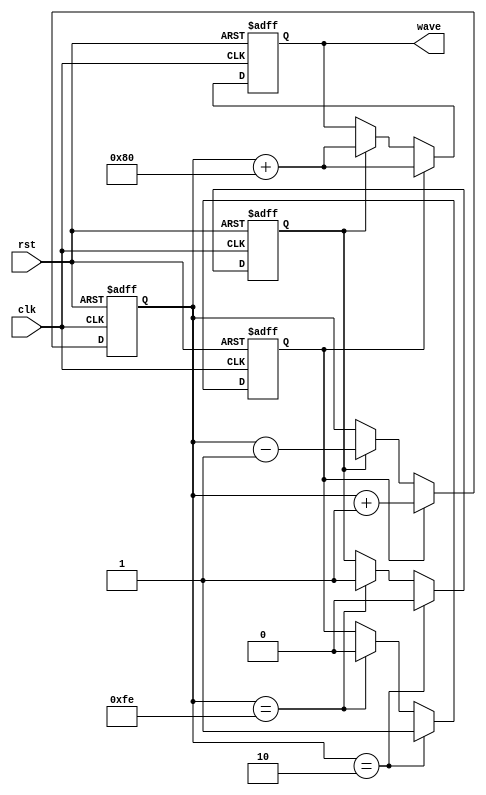
`timescale 1ns/1ns
`define on 1
`define off 0
module triangle(input clk, rst, output reg[7:0] wave);
	
	reg[7:0] count1;
	reg up, down;
	always @(posedge clk, posedge rst) begin
		if(rst) begin
			wave <= 8'b0;
			count1 <= 8'd127;
			up = `on;
			down = `off;
		end
		
		else begin
			if(up) begin
				wave <= count1 + 8'd128;
				count1 <= count1 + 1;
			end
			else if(down) begin
				wave <= count1 + 8'd128;
				count1 <= count1 - 1;
			end
			
			if(count1 == 8'b11111110) begin
				up = `off;
				down = `on;
			end
			
			if(count1 == 8'b00000010) begin
				up = `on;
				down = `off;
			end
		end
	end
endmodule